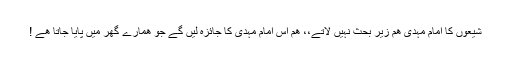
شیعوں کا امام مہدی ھم زیرِ بحث نہیں لاتے،، ھم اس امام مہدی کا جائزہ لیں گے جو ھمارے گھر میں پایا جاتا ھے !